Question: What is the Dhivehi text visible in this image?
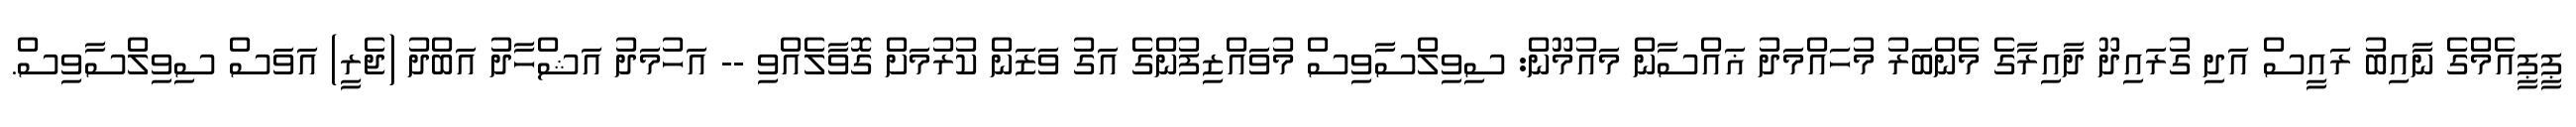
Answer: ޕީޕީއެމްގެ ނާއިބު ރައީސް އަދި ގުރައިދޫ ދާއިރާގެ މެންބަރު މުހައްމަދު ޣައްސާން މައުމޫން: ސިވިލްސާވިސް މުވައްޒިފުންގެ އަގު ވަޒަން ކުރުމަށް ގޮވާލެއްވި -- އަހުމަދު އަޝްހާދު އަބްދު (ޖެރީ) އަވަސް ސިވިލްސާވިސް.